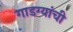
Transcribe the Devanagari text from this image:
गाडग्यांची